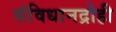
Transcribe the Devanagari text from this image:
संविधानद्रोही